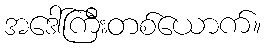
အဒေါ်ကြီးတစ်ယောက်။